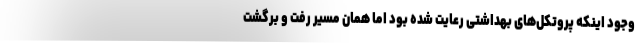
وجود اینکه پروتکل‌های بهداشتی رعایت شده بود اما همان مسیر رفت و برگشت